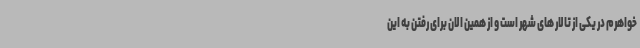
خواهرم در یکی از تالار های شهر است و از همین الان برای رفتن به این